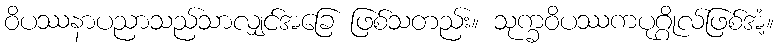
ဝိပဿနာပညာသည်သာလျှင်အခြေ ဖြစ်သတည်း။ သုက္ခဝိပဿကပုဂ္ဂိုလ်ဖြစ်အံ့။